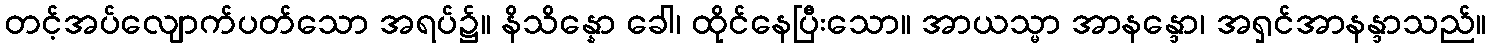
တင့်အပ်လျောက်ပတ်သော အရပ်၌။ နိသိန္နော ခေါ၊ ထိုင်နေပြီးသော။ အာယသ္မာ အာနန္ဒော၊ အရှင်အာနန္ဒာသည်။